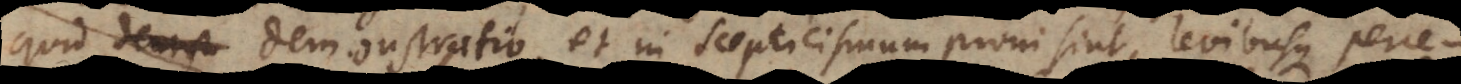
quid demonstratio, et in Scepticismum proni sint, levibusque perce